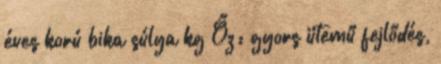
éves korú bika súlya kg Őz: gyors ütemű fejlődés,